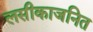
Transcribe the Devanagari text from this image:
लसीकाजनित